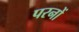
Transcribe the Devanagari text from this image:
परनों